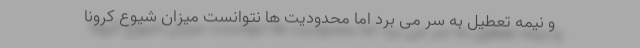
و نیمه تعطیل به سر می برد اما محدودیت ها نتوانست میزان شیوع کرونا